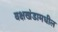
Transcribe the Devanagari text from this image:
वक्षखंडामधील